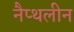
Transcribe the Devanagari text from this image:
नैप्थलीन